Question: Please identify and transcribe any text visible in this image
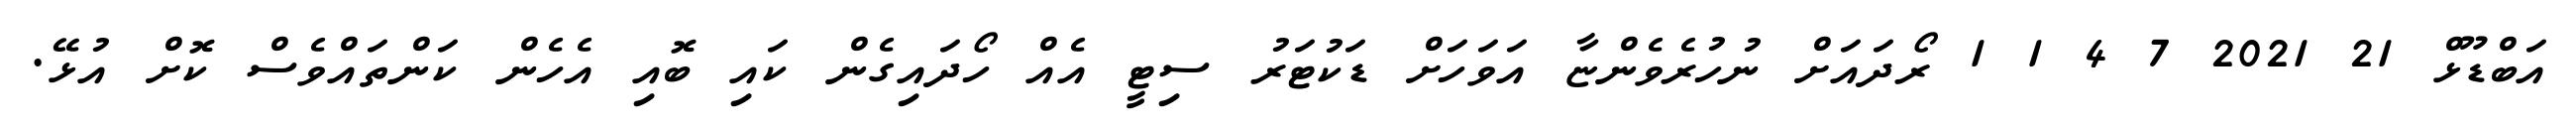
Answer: އަބްޑޫޅް 21 2021 7 4 1 1 ރޯދައަށް ނުހުރެވެންޏާ އަވަހަށް ޑަކުޓަރު ސިޓީ އެއް ހޯދައިގެން ކައި ބޮއި އެހެން ކަންތައްވެސް ކޮށް އުޅޭ.